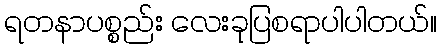
ရတနာပစ္စည်း လေးခုပြစရာပါပါတယ်။